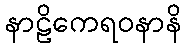
နာဠိကေရဝနာနိ